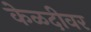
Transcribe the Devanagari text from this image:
केळदीवर